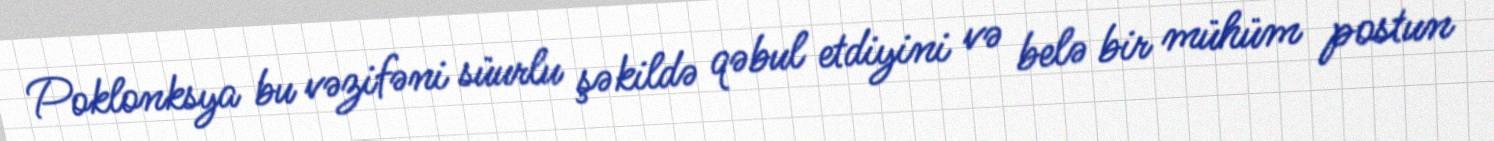
Poklonksya bu vəzifəni süurlu şəkildə qəbul etdiyini və belə bir mühüm postun